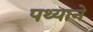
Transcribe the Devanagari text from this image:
पथ्याने